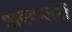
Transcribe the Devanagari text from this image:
अवकलनों